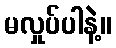
မလှုပ်ပါနဲ့။